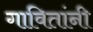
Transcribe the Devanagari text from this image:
गावितांनी